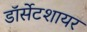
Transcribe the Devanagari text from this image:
डॉर्सेटशायर